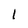
Character: l